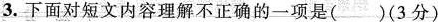
3.下面对短文内容理解不正确的一项是( )(3分)